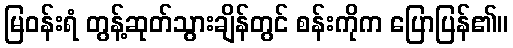
မြဝန်းရံ တွန့်ဆုတ်သွားချိန်တွင် စန်းကိုက ပြောပြန်၏။